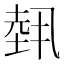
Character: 𡎐